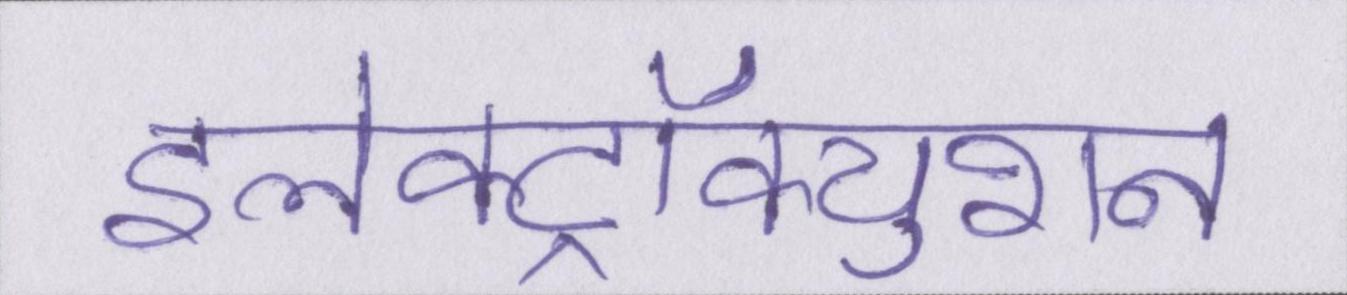
इलेक्ट्रॉक्युशन